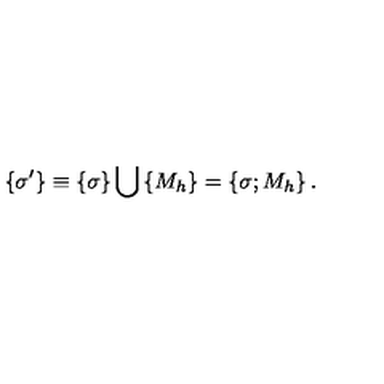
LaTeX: \left\{ \sigma ^ { \prime } \right\} \equiv \left\{ \sigma \right\} \bigcup \left\{ M _ { h } \right\} = \left\{ \sigma ; M _ { h } \right\} .